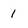
Character: 1